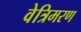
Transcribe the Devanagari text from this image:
वेत्रिमरण